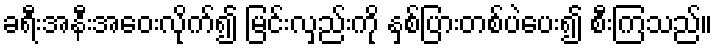
ခရီးအနီးအဝေးလိုက်၍ မြင်းလှည်းကို နှစ်ပြားတစ်ပဲပေး၍ စီးကြသည်။